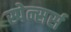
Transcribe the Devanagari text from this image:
स्पेन्सर्स